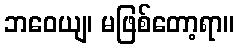
ဘဝေယျ၊ မဖြစ်တော့ရာ။